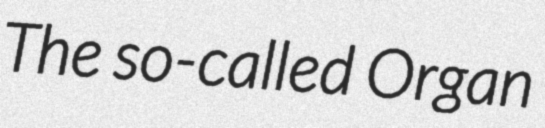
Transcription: The so-called Organ